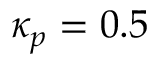
\kappa _ { p } = 0 . 5